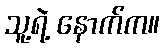
သူ့ရဲ့ နောက်က။